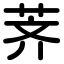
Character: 荠